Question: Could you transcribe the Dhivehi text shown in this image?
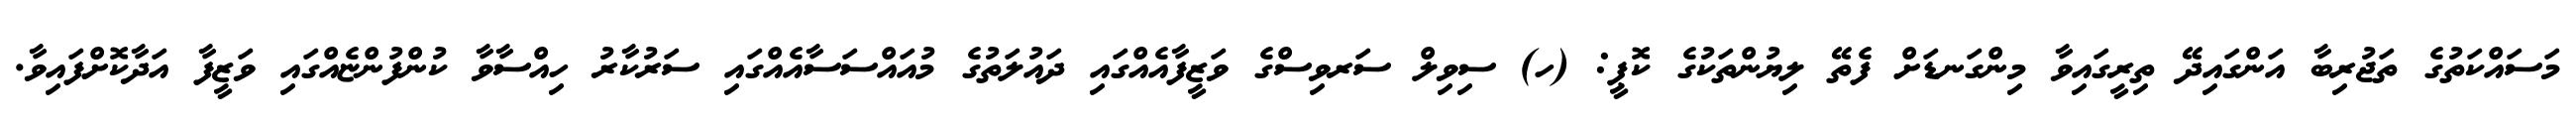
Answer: މަސައްކަތުގެ ތަޖުރިބާ އަންގައިދޭ ތިރީގައިވާ މިންގަނޑަށް ފެތޭ ލިޔުންތަކުގެ ކޮޕީ: (ހ) ސިވިލް ސަރވިސްގެ ވަޒީފާއެއްގައި ދައުލަތުގެ މުއައްސަސާއެއްގައި ސަރުކާރު ހިއްސާވާ ކުންފުންޏެއްގައި ވަޒީފާ އަދާކޮށްފައިވާ.